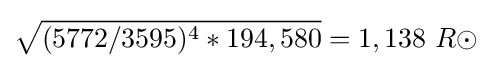
{\sqrt {(5772/3595)^{4}*194,580}}=1,138\ R\odot